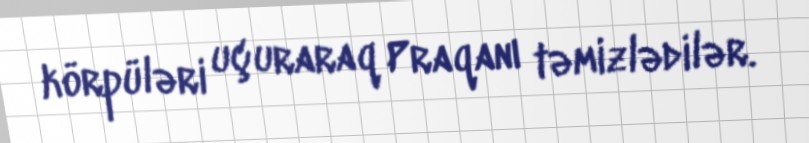
körpüləri uçuraraq Praqanı təmizlədilər.